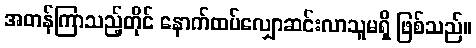
အတန်ကြာသည့်တိုင် နောက်ထပ်လျှောဆင်းလာသူမရှိ ဖြစ်သည်။